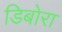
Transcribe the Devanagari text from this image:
डिबोरा